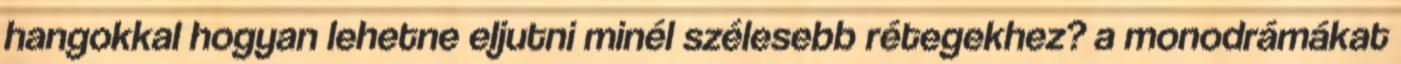
hangokkal hogyan lehetne eljutni minél szélesebb rétegekhez? a monodrámákat